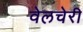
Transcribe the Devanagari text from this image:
वेलचेरी